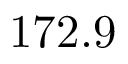
1 7 2 . 9